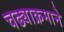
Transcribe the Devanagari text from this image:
चढ्याक्रमाने